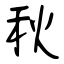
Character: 秋